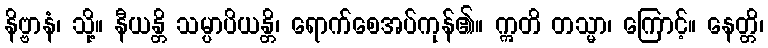
နိဗ္ဗာနံ၊ သို့။ နီယန္တိ သမ္ပာပိယန္တိ၊ ရောက်စေအပ်ကုန်၏။ ဣတိ တသ္မာ၊ ကြောင့်။ နေတ္တိ၊